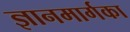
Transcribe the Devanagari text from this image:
ज्ञानमार्गका